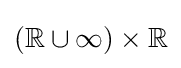
(\mathbb {R} \cup {\infty })\times \mathbb {R}